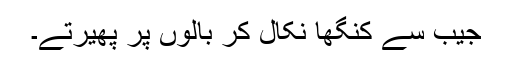
جیب سے کنگھا نکال کر بالوں پر پھیرتے۔